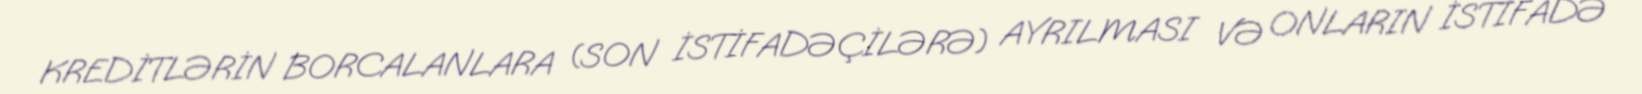
KREDİTLƏRİN BORCALANLARA (SON İSTİFADƏÇİLƏRƏ) AYRILMASI VƏ ONLARIN İSTİFADƏ